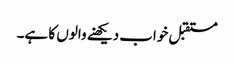
مستقبل خواب دیکھنے والوں کا ہے۔